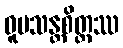
ဝူပသန္တစိတ္တဿ